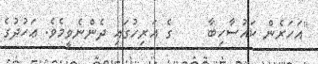
"އަހަރެން ކައުސާހިބާ     ގެ އަރިހުގައި ދެންނެވީމެވެ. ޢަހުދުގެ